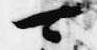
可